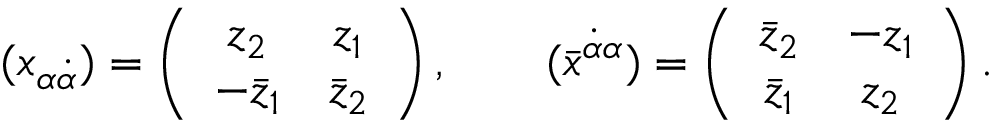
( x _ { \alpha \dot { \alpha } } ) = \left( \begin{array} { c c } { { z _ { 2 } } } & { { z _ { 1 } } } \\ { { - \bar { z } _ { 1 } } } & { { \bar { z } _ { 2 } } } \end{array} \right) , \qquad ( \bar { x } ^ { \dot { \alpha } \alpha } ) = \left( \begin{array} { c c } { { \bar { z } _ { 2 } } } & { { - z _ { 1 } } } \\ { { \bar { z } _ { 1 } } } & { { z _ { 2 } } } \end{array} \right) .